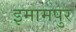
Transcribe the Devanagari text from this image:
इमामपुर